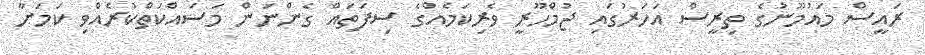
ރައީސް މައުމޫނުގެ ތިރީސް އަހަރުގައި ޖުމްހޫރީ ވެރިކަމެއްގެ ސިފަތައް ގެންނަން މަސައްކަތްކުރެއްވި ކަމަށާ